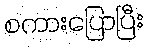
စကားပြောပြီး